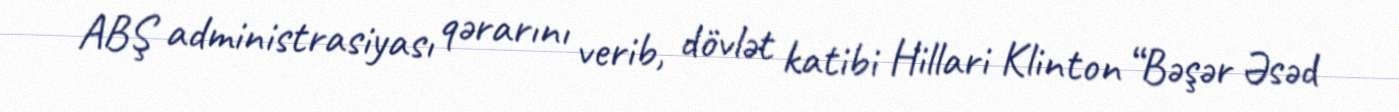
ABŞ administrasiyası qərarını verib, dövlət katibi Hillari Klinton “Bəşər Əsəd